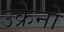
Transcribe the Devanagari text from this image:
उक्रेनो